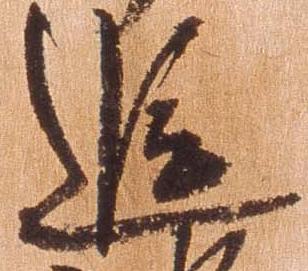
追